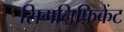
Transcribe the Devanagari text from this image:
सिगनिफ़िकेंट